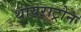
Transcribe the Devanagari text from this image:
थायराट्रोन